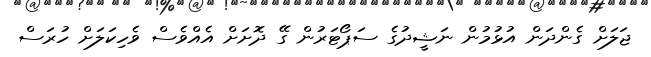
ޖަލަށް ގެންދަން އުޅުމުން ނަޝީދުގެ ސަޕޯޓަރުން ގޭ ދޮށަށް އެއްވެސް ވެހިކަލަށް ހުރަސް